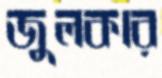
জুলকার